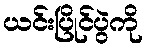
ယင်းပြိုင်ပွဲကို